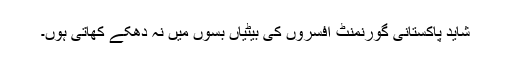
شاید پاکستانی گورنمنٹ افسروں کی بیٹیاں بسوں میں نہ دھکے کھاتی ہوں۔